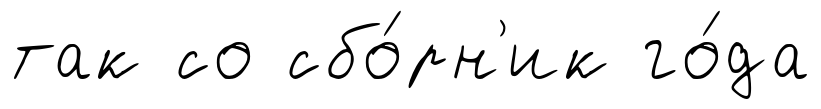
так со сбо́рн'ик го́да